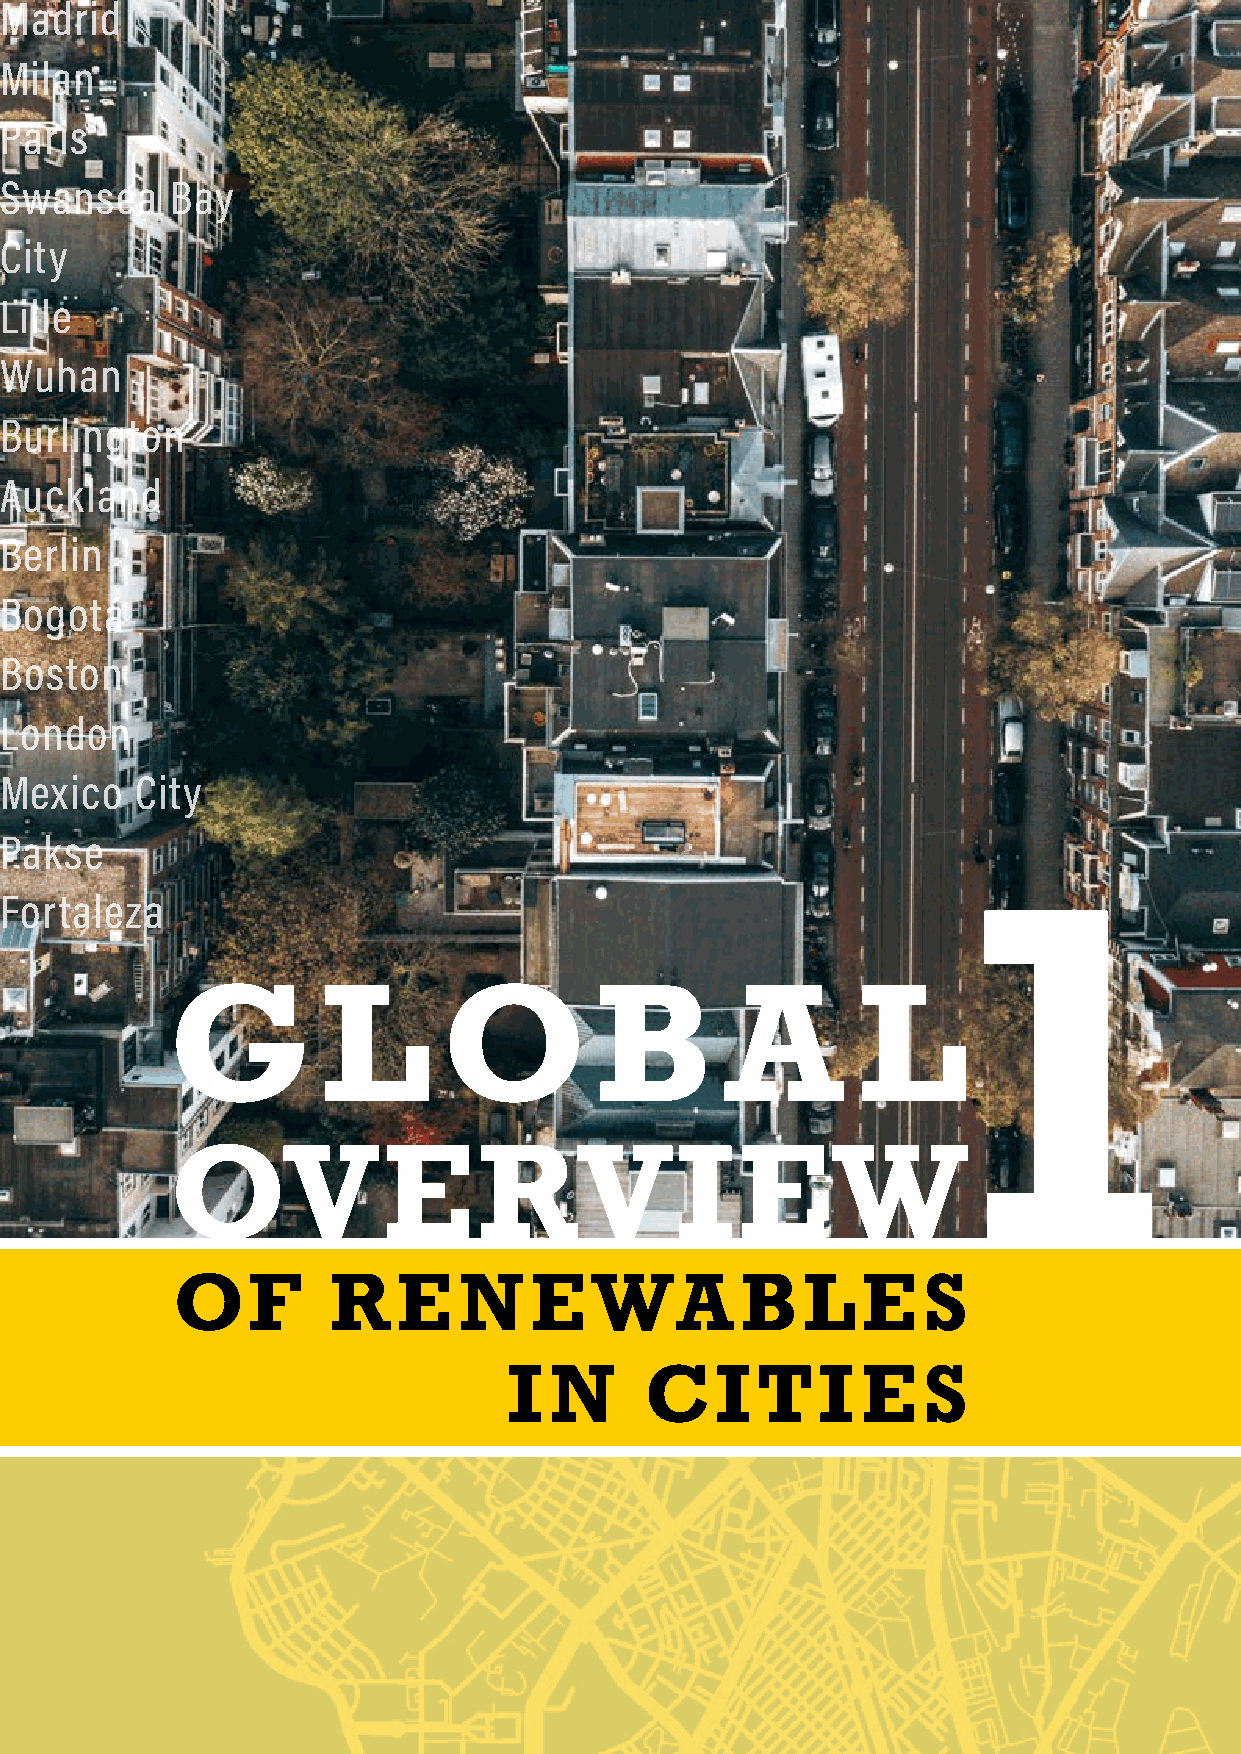
Madrid
 Milan
 Paris
 Swansea    Bay
 City
 Lille
 Wuhan
 Burlington
 Auckland
 Berlin
 Bogotá
 Boston
 London
 Mexico   City
 Pakse
 1
 Fortaleza
 G         L       O         B        A        L
 OVERVIEW
 OF         RE      NEWABLE                        S
 I N      CITI          E   S